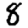
Digit: 8